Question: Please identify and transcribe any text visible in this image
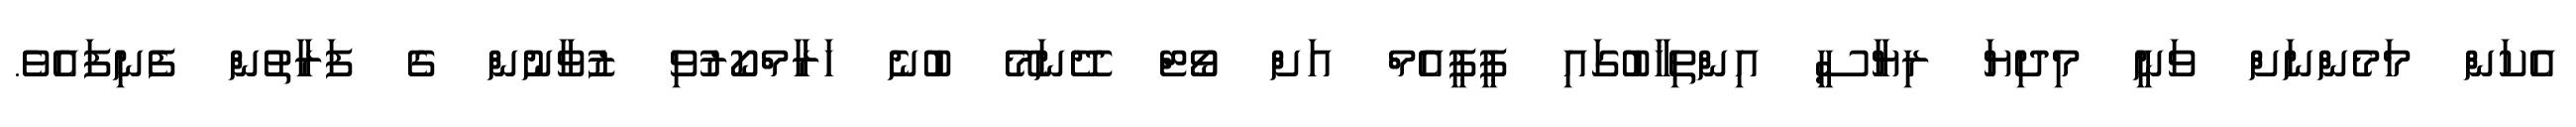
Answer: އެކަން މަމެންނަށް ވަނީ މިދިޔަ ރިޔާސީ އިންތިޚާބުގައި ޕީޕީއެމް އަށް ވޯޓް ދޭނަމޭ ބުނެ ހަރާމްކޯރުވި ޒުވާނުން ގެ ފަރާތުން ފެނިފައެވެ.